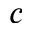
\boldsymbol { c }